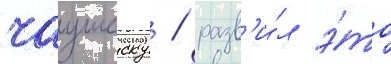
чаушеску / разв'и́л э́то